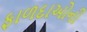
ફાળદાઓની